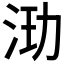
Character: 𰛞